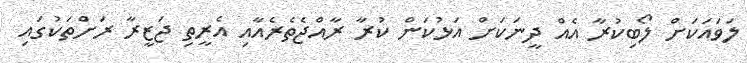
ލަވައަކަށް ލޯބިކުރާ އެއް ދީނަކަށް އަޅުކަން ކުރާ ރާއްޖެތެރެއާއި އެރީތި ޖަޒީރާ ރަށްތަކުގައި